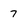
Character: 7